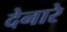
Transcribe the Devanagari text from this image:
देनारे